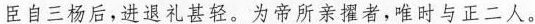
臣自三杨后，进退礼甚轻。为帝所亲擢者，唯时与正二人。